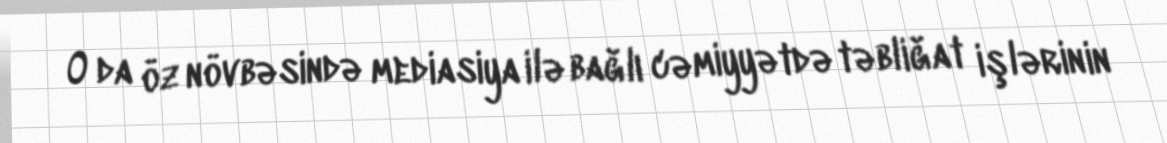
O da öz növbəsində mediasiya ilə bağlı cəmiyyətdə təbliğat işlərinin